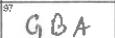
Transcription: GBA